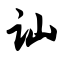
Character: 讪